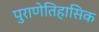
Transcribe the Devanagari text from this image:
पुराणेतिहासिक